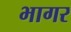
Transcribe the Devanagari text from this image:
भागर